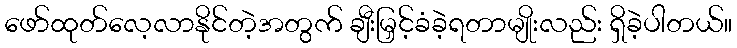
ဖော်ထုတ်လေ့လာနိုင်တဲ့အတွက် ချီးမြှင့်ခံခဲ့ရတာမျိုးလည်း ရှိခဲ့ပါတယ်။